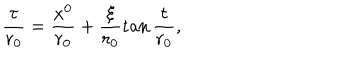
LaTeX: \frac { \tau } { r _ { 0 } } = \frac { x ^ { 0 } } { r _ { 0 } } + \frac { \xi } { r _ { 0 } } \tan { \frac { \tau } { r _ { 0 } } } ,